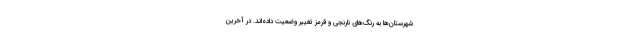
شهرستان‌ها به رنگ‌های نارنجی و قرمز تغییر وضعیت داده‌اند. در آخرین